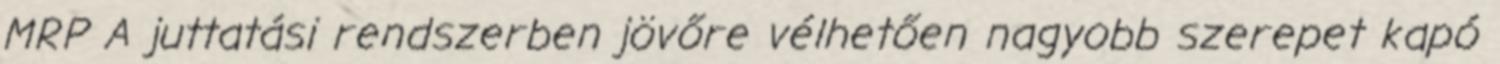
MRP A juttatási rendszerben jövőre vélhetően nagyobb szerepet kapó